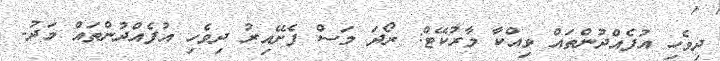
ދިވެހި އުފެއްދުންތައް ވިއްކާ މާރުކޭޓް: ރޯދަ މަސް ފެށޭއިރު ދިވެހި އުފެއްދުންތައް މަދު-